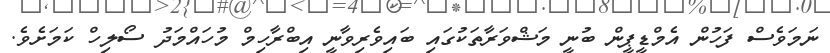
ނަމަވެސް ފަހުން އެމްޑީޕީން ބުނީ މަޝްވަރާތަކުގައި ބައިވެރިވާނީ އިބްރާހިމް މުހައްމަދު ސޯލިހް ކަމަށެވެ.